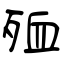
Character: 殈